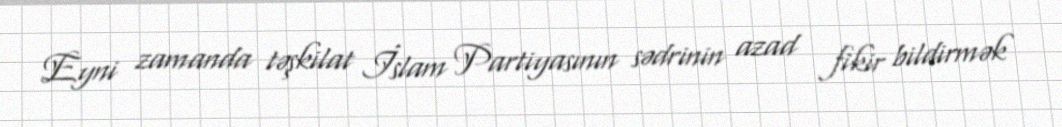
Eyni zamanda təşkilat İslam Partiyasının sədrinin azad fikir bildirmək